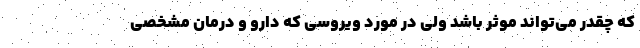
که چقدر می‌تواند موثر باشد ولی در مورد ویروسی که دارو و درمان مشخصی